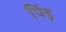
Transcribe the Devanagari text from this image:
पिंड़